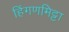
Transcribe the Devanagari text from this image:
हिंगणमिट्टा